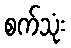
စက်သုံး